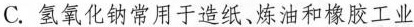
C.氢氧化钠常用于造纸、炼油和橡胶工业